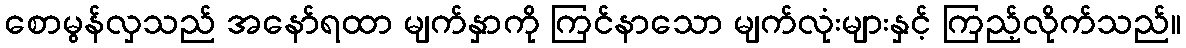
စောမွန်လှသည် အနော်ရထာ မျက်နှာကို ကြင်နာသော မျက်လုံးများနှင့် ကြည့်လိုက်သည်။